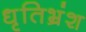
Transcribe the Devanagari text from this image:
धृतिभ्रंश